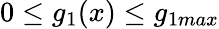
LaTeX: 0\leq g_{1}(x)\leq g_{1max}